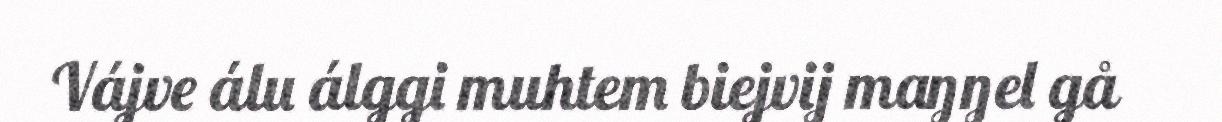
Vájve álu álggi muhtem biejvij maŋŋel gå